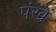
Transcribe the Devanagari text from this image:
पंखें